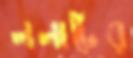
ললাটের